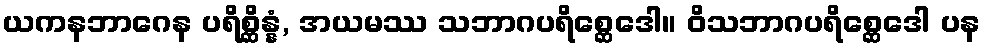
ယကနဘာဂေန ပရိစ္ဆိန္နံ, အယမဿ သဘာဂပရိစ္ဆေဒေါ။ ဝိသဘာဂပရိစ္ဆေဒေါ ပန